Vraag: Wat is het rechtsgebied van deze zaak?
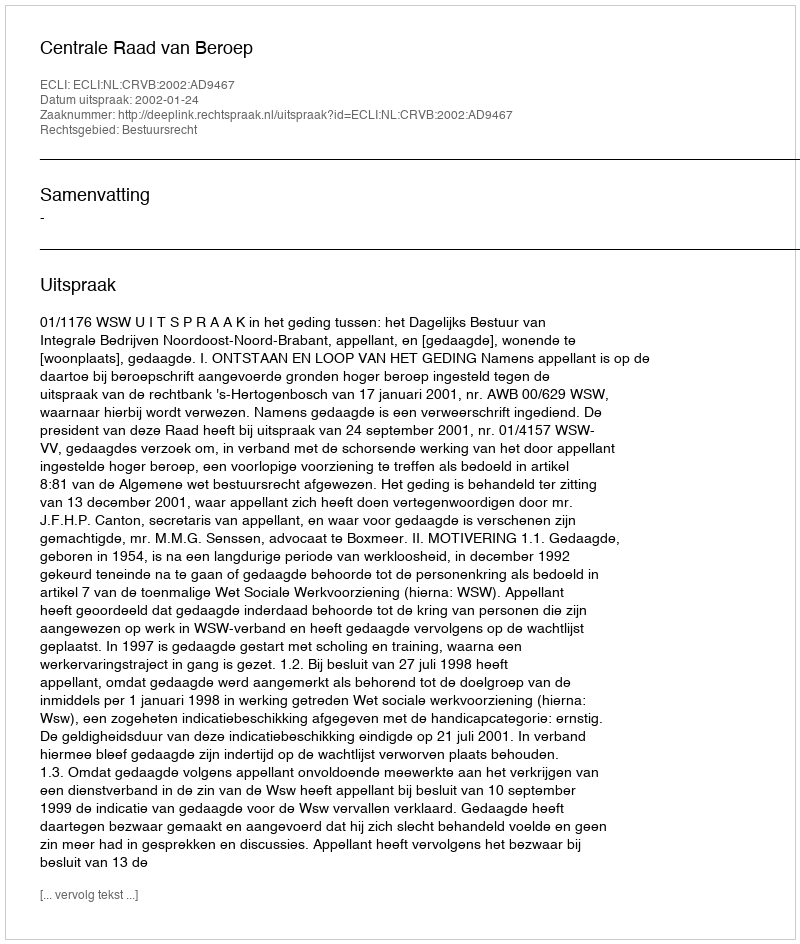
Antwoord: Bestuursrecht